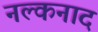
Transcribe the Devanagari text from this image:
नल्कनाद